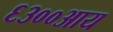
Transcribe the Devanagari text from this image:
६३००आय